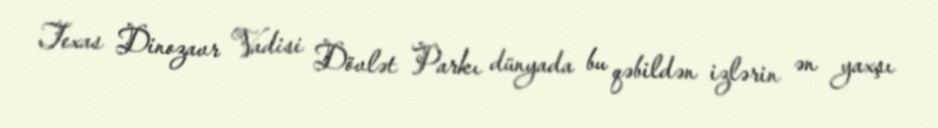
Texas Dinozavr Vadisi Dövlət Parkı dünyada bu qəbildən izlərin ən yaxşı